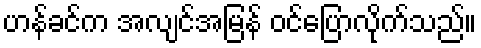
ဟန်ခင်က အလျင်အမြန် ဝင်ပြောလိုက်သည်။